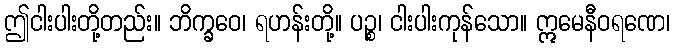
ဤငါးပါးတို့တည်း။ ဘိက္ခဝေ၊ ရဟန်းတို့။ ပဉ္စ၊ ငါးပါးကုန်သော။ ဣမေနီဝရဏေ၊